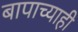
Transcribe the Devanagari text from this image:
बापाच्याही